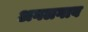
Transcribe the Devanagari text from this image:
अगलगाव